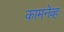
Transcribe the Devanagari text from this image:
कामनेव्ह